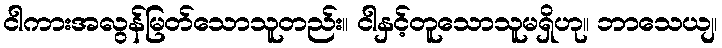
ငါကားအလွန်မြတ်သောသူတည်း။ ငါနှင့်တူသောသူမရှိဟု။ ဘာသေယျ၊